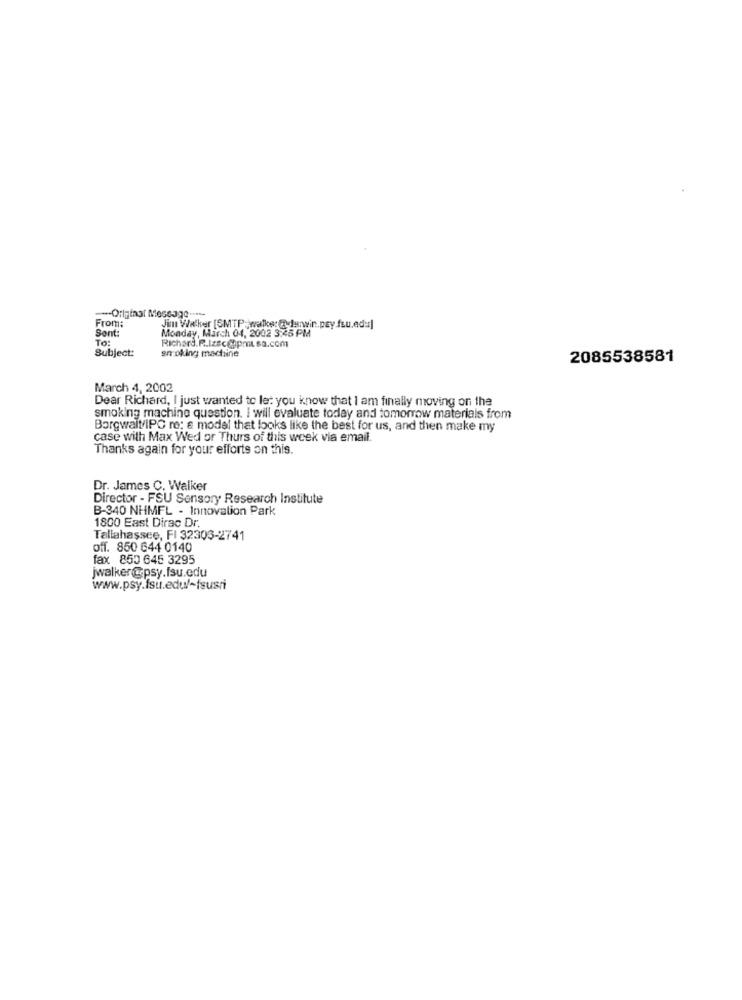
From:
Monday, March 04, 2002 3:45 PM
Jim Walker [SMTP: walks: @ Junwin.psy.fru.edur]
Sont:
Subject:
To:
smoking machine
Richard.R.Izsc@apmt. sa.com
2085538581
March 4, 2002
Dear Richard, I just wanted to let you know that I am finally moving on the
smoking machine question. I will evaluate today and tomorrow materials from
Borgwalt/IPC re: & model that looks like the best for us, and then make my
case with Max Wed or Thurs of this week via email.
Thanks again for your efforts on this.
Dr. James C. Walker
Director - FSU Sensory Research Institute
B-340 NHMFL - Innovation Park
1800 East Dirac Dr
Tallahassee, FI 32303-2741
off. 850 644 0140
fax 850 645 3295
jwalker@psy.fsu.edu
www.psy.fsu.edu/-fsusri